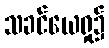
သခင်ယေရှု၌